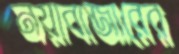
নয়াবাজারের